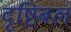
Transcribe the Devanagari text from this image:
दृष्टिबल